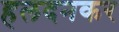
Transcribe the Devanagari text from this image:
हलदनकर